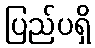
ပြည်ပရှိ